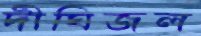
দীঘিজল